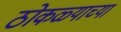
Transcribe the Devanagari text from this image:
ठोकळ्याच्या